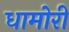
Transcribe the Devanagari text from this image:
धामोरी